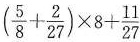
$$( \frac { 5 } { 8 } + \frac { 2 } { 2 7 } ) \times 8 + \frac { 1 1 } { 2 7 }$$